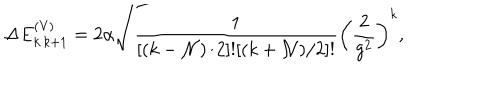
\Delta E _ { k \, k + 1 } ^ { \mathrm { ( V ) } } = 2 \alpha \sqrt { { \frac { 1 } { [ ( k - { \cal N } ) / 2 ] ! [ ( k + { \cal N } ) / 2 ] ! } } \left( { \frac { 2 } { g ^ { 2 } } } \right) ^ { k } } ,